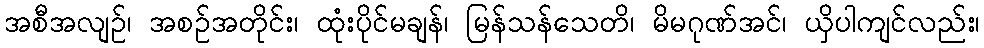
အစီအလျဉ်၊ အစဉ်အတိုင်း၊ ထုံးပိုင်မချန်၊ မြန်သန်သေတိ၊ မိမဂုဏ်အင်၊ ယှိပါကျင်လည်း၊